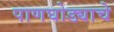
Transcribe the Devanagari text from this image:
पाणघोड्याचे